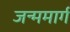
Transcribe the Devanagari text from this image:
जन्ममार्ग